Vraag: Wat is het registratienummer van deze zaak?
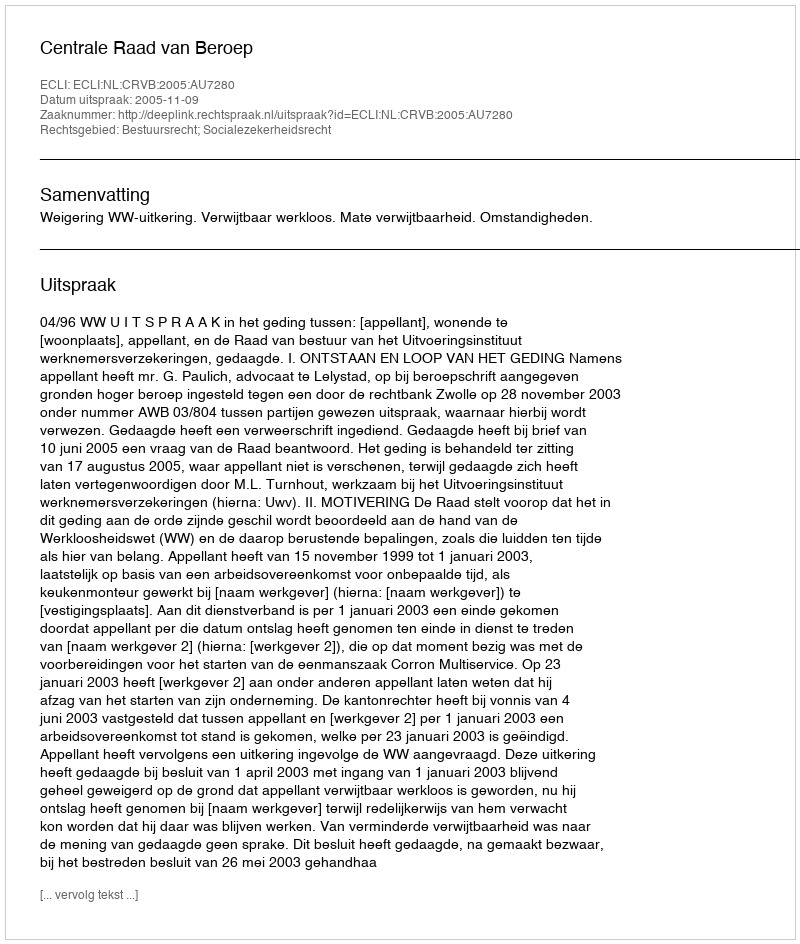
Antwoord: http://deeplink.rechtspraak.nl/uitspraak?id=ECLI:NL:CRVB:2005:AU7280